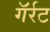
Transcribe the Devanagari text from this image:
गॅर्रट